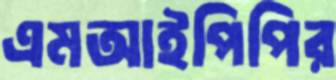
এমআইপিপির